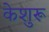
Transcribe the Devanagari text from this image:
केशुरू